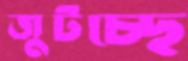
জুটচ্ছে